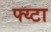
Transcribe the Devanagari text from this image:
फ्य्टा